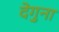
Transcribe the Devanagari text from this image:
देगुना